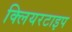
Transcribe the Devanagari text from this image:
क्लियरटाइप